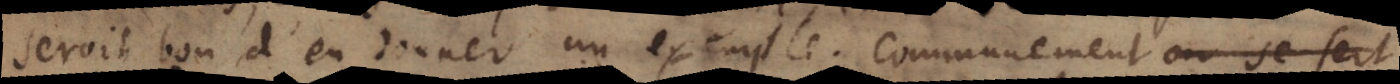
seroit bon d’en donner un exemple: Communement on employ